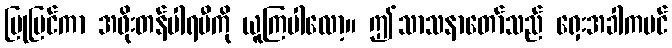
ပြုပြင်ကာ အဖိုးတန်ပါရမီကို ယူကြပါလော့။ ဤသာသနာတော်သည် ရှေးအခါကပင်